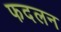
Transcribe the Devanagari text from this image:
फदलन